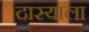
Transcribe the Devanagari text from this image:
दास्याला